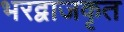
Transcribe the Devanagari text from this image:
भरद्वाजकृत